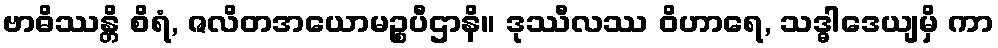
ဗာဓိဿန္တိ စိရံ, ဇလိတအယောမဉ္စပီဌာနိ။ ဒုဿီလဿ ဝိဟာရေ, သဒ္ဓါဒေယျမှိ ကာ